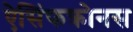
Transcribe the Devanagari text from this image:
ऐसिंफक्रोनस